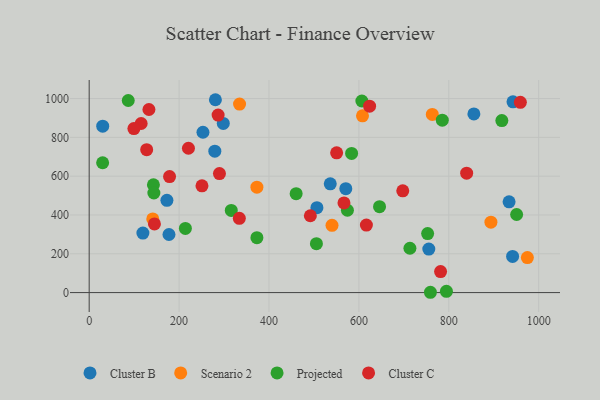
{"axis": {"x": "Experience", "y": "Rating"}, "legend": ["Cluster B", "Cluster C", "Projected", "Scenario 2"], "data": [{"x": "280.8", "y": 993.9, "type": "Cluster B"}, {"x": "30.1", "y": 857.5, "type": "Cluster B"}, {"x": "119.5", "y": 306.5, "type": "Cluster B"}, {"x": "298.3", "y": 872.0, "type": "Cluster B"}, {"x": "177.5", "y": 299.3, "type": "Cluster B"}, {"x": "536.3", "y": 560.7, "type": "Cluster B"}, {"x": "570.9", "y": 535.5, "type": "Cluster B"}, {"x": "506.6", "y": 437.6, "type": "Cluster B"}, {"x": "942.8", "y": 983.3, "type": "Cluster B"}, {"x": "279.5", "y": 728.5, "type": "Cluster B"}, {"x": "172.9", "y": 475.5, "type": "Cluster B"}, {"x": "755.5", "y": 224.2, "type": "Cluster B"}, {"x": "934.1", "y": 467.6, "type": "Cluster B"}, {"x": "941.9", "y": 186.2, "type": "Cluster B"}, {"x": "253.1", "y": 826.4, "type": "Cluster B"}, {"x": "855.8", "y": 920.5, "type": "Cluster B"}, {"x": "334.5", "y": 971.5, "type": "Scenario 2"}, {"x": "373.1", "y": 543.1, "type": "Scenario 2"}, {"x": "893.7", "y": 363.1, "type": "Scenario 2"}, {"x": "141.4", "y": 379.4, "type": "Scenario 2"}, {"x": "540.2", "y": 346.7, "type": "Scenario 2"}, {"x": "608.0", "y": 910.8, "type": "Scenario 2"}, {"x": "763.3", "y": 918.2, "type": "Scenario 2"}, {"x": "974.8", "y": 180.5, "type": "Scenario 2"}, {"x": "759.1", "y": 1.6, "type": "Projected"}, {"x": "214.0", "y": 330.6, "type": "Projected"}, {"x": "574.5", "y": 424.4, "type": "Projected"}, {"x": "29.9", "y": 669.2, "type": "Projected"}, {"x": "142.9", "y": 555.2, "type": "Projected"}, {"x": "460.4", "y": 509.9, "type": "Projected"}, {"x": "606.6", "y": 987.3, "type": "Projected"}, {"x": "918.0", "y": 886.2, "type": "Projected"}, {"x": "373.1", "y": 282.9, "type": "Projected"}, {"x": "752.9", "y": 304.2, "type": "Projected"}, {"x": "316.1", "y": 423.4, "type": "Projected"}, {"x": "713.5", "y": 228.4, "type": "Projected"}, {"x": "505.5", "y": 252.2, "type": "Projected"}, {"x": "86.9", "y": 989.9, "type": "Projected"}, {"x": "645.9", "y": 442.7, "type": "Projected"}, {"x": "794.7", "y": 6.6, "type": "Projected"}, {"x": "785.5", "y": 888.6, "type": "Projected"}, {"x": "583.8", "y": 717.0, "type": "Projected"}, {"x": "143.9", "y": 513.3, "type": "Projected"}, {"x": "950.9", "y": 402.3, "type": "Projected"}, {"x": "145.2", "y": 353.6, "type": "Cluster C"}, {"x": "839.7", "y": 615.5, "type": "Cluster C"}, {"x": "616.7", "y": 347.8, "type": "Cluster C"}, {"x": "115.6", "y": 871.3, "type": "Cluster C"}, {"x": "220.8", "y": 743.9, "type": "Cluster C"}, {"x": "334.0", "y": 382.7, "type": "Cluster C"}, {"x": "697.6", "y": 524.2, "type": "Cluster C"}, {"x": "623.8", "y": 960.8, "type": "Cluster C"}, {"x": "492.0", "y": 396.0, "type": "Cluster C"}, {"x": "250.9", "y": 550.4, "type": "Cluster C"}, {"x": "286.8", "y": 914.7, "type": "Cluster C"}, {"x": "959.2", "y": 980.4, "type": "Cluster C"}, {"x": "99.5", "y": 845.2, "type": "Cluster C"}, {"x": "781.7", "y": 108.2, "type": "Cluster C"}, {"x": "132.9", "y": 943.4, "type": "Cluster C"}, {"x": "127.9", "y": 736.3, "type": "Cluster C"}, {"x": "178.8", "y": 598.1, "type": "Cluster C"}, {"x": "566.8", "y": 462.2, "type": "Cluster C"}, {"x": "550.5", "y": 720.4, "type": "Cluster C"}, {"x": "289.8", "y": 613.5, "type": "Cluster C"}]}